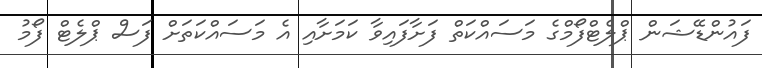
ފައުންޑޭޝަން ޕްލެޓްފޯމްގެ މަސައްކަތް ފަށާފައިވާ ކަމަށާއި އެ މަަސައްކަތަށް ފަސް ޕްލެޓް ފޯމު